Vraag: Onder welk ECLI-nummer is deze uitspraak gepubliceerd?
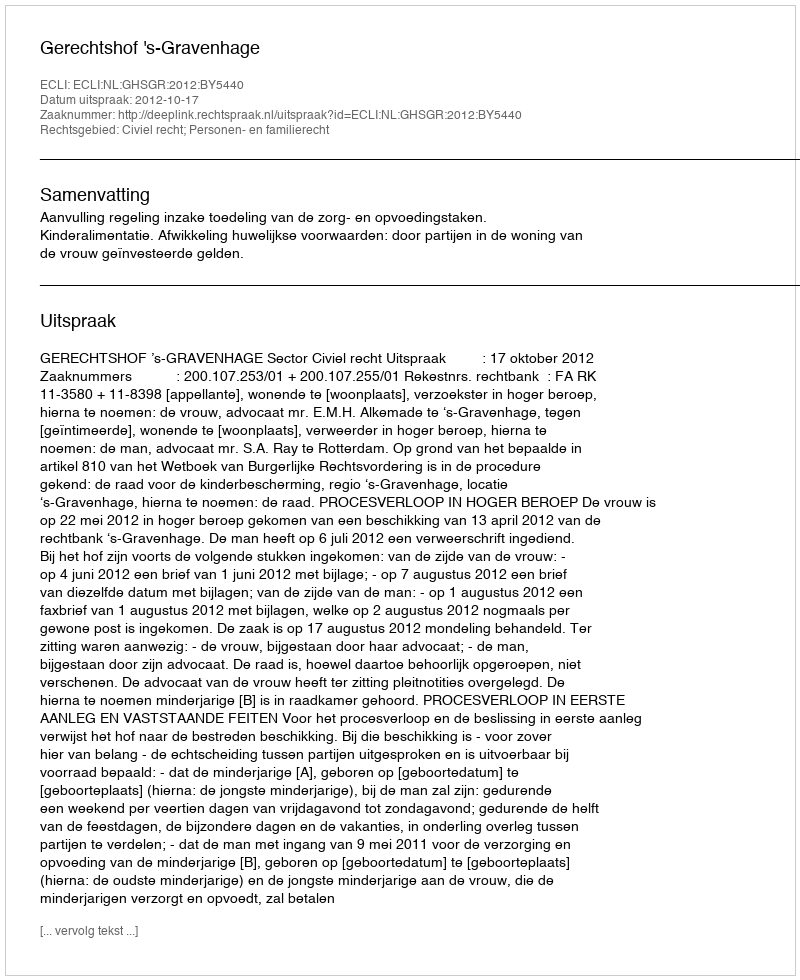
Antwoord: ECLI:NL:GHSGR:2012:BY5440